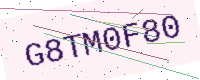
Text: G8TM0F80